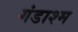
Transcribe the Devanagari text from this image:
गंडाश्म